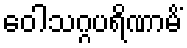
ဝေါသဂ္ဂပရိဏာမိံ